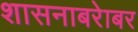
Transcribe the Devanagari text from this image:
शासनाबरेाबर